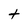
Character: t